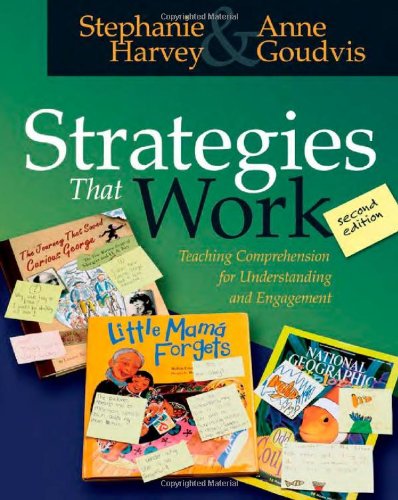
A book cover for Strategies That Work: Teaching Comprehension for Understanding and Engagement; Pearson Prof. Growth; Education & Teaching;